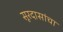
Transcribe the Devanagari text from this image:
सूरदासांचा